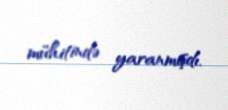
mühitində yaranmışdı.